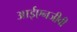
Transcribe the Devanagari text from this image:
आईएनजीवी